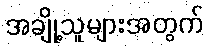
အချို့သူများအတွက်